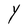
Character: Y